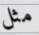
مثل